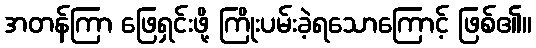
အတန်ကြာ ဖြေရှင်းဖို့ ကြိုးပမ်းခဲ့ရသောကြောင့် ဖြစ်၏။